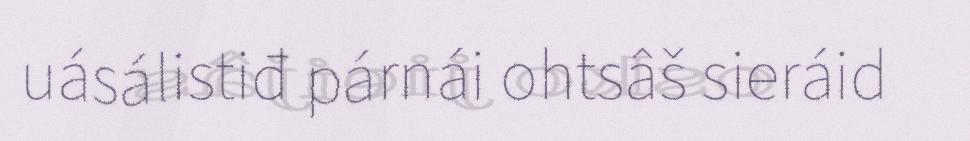
uásálistiđ párnái ohtsâš sieráid